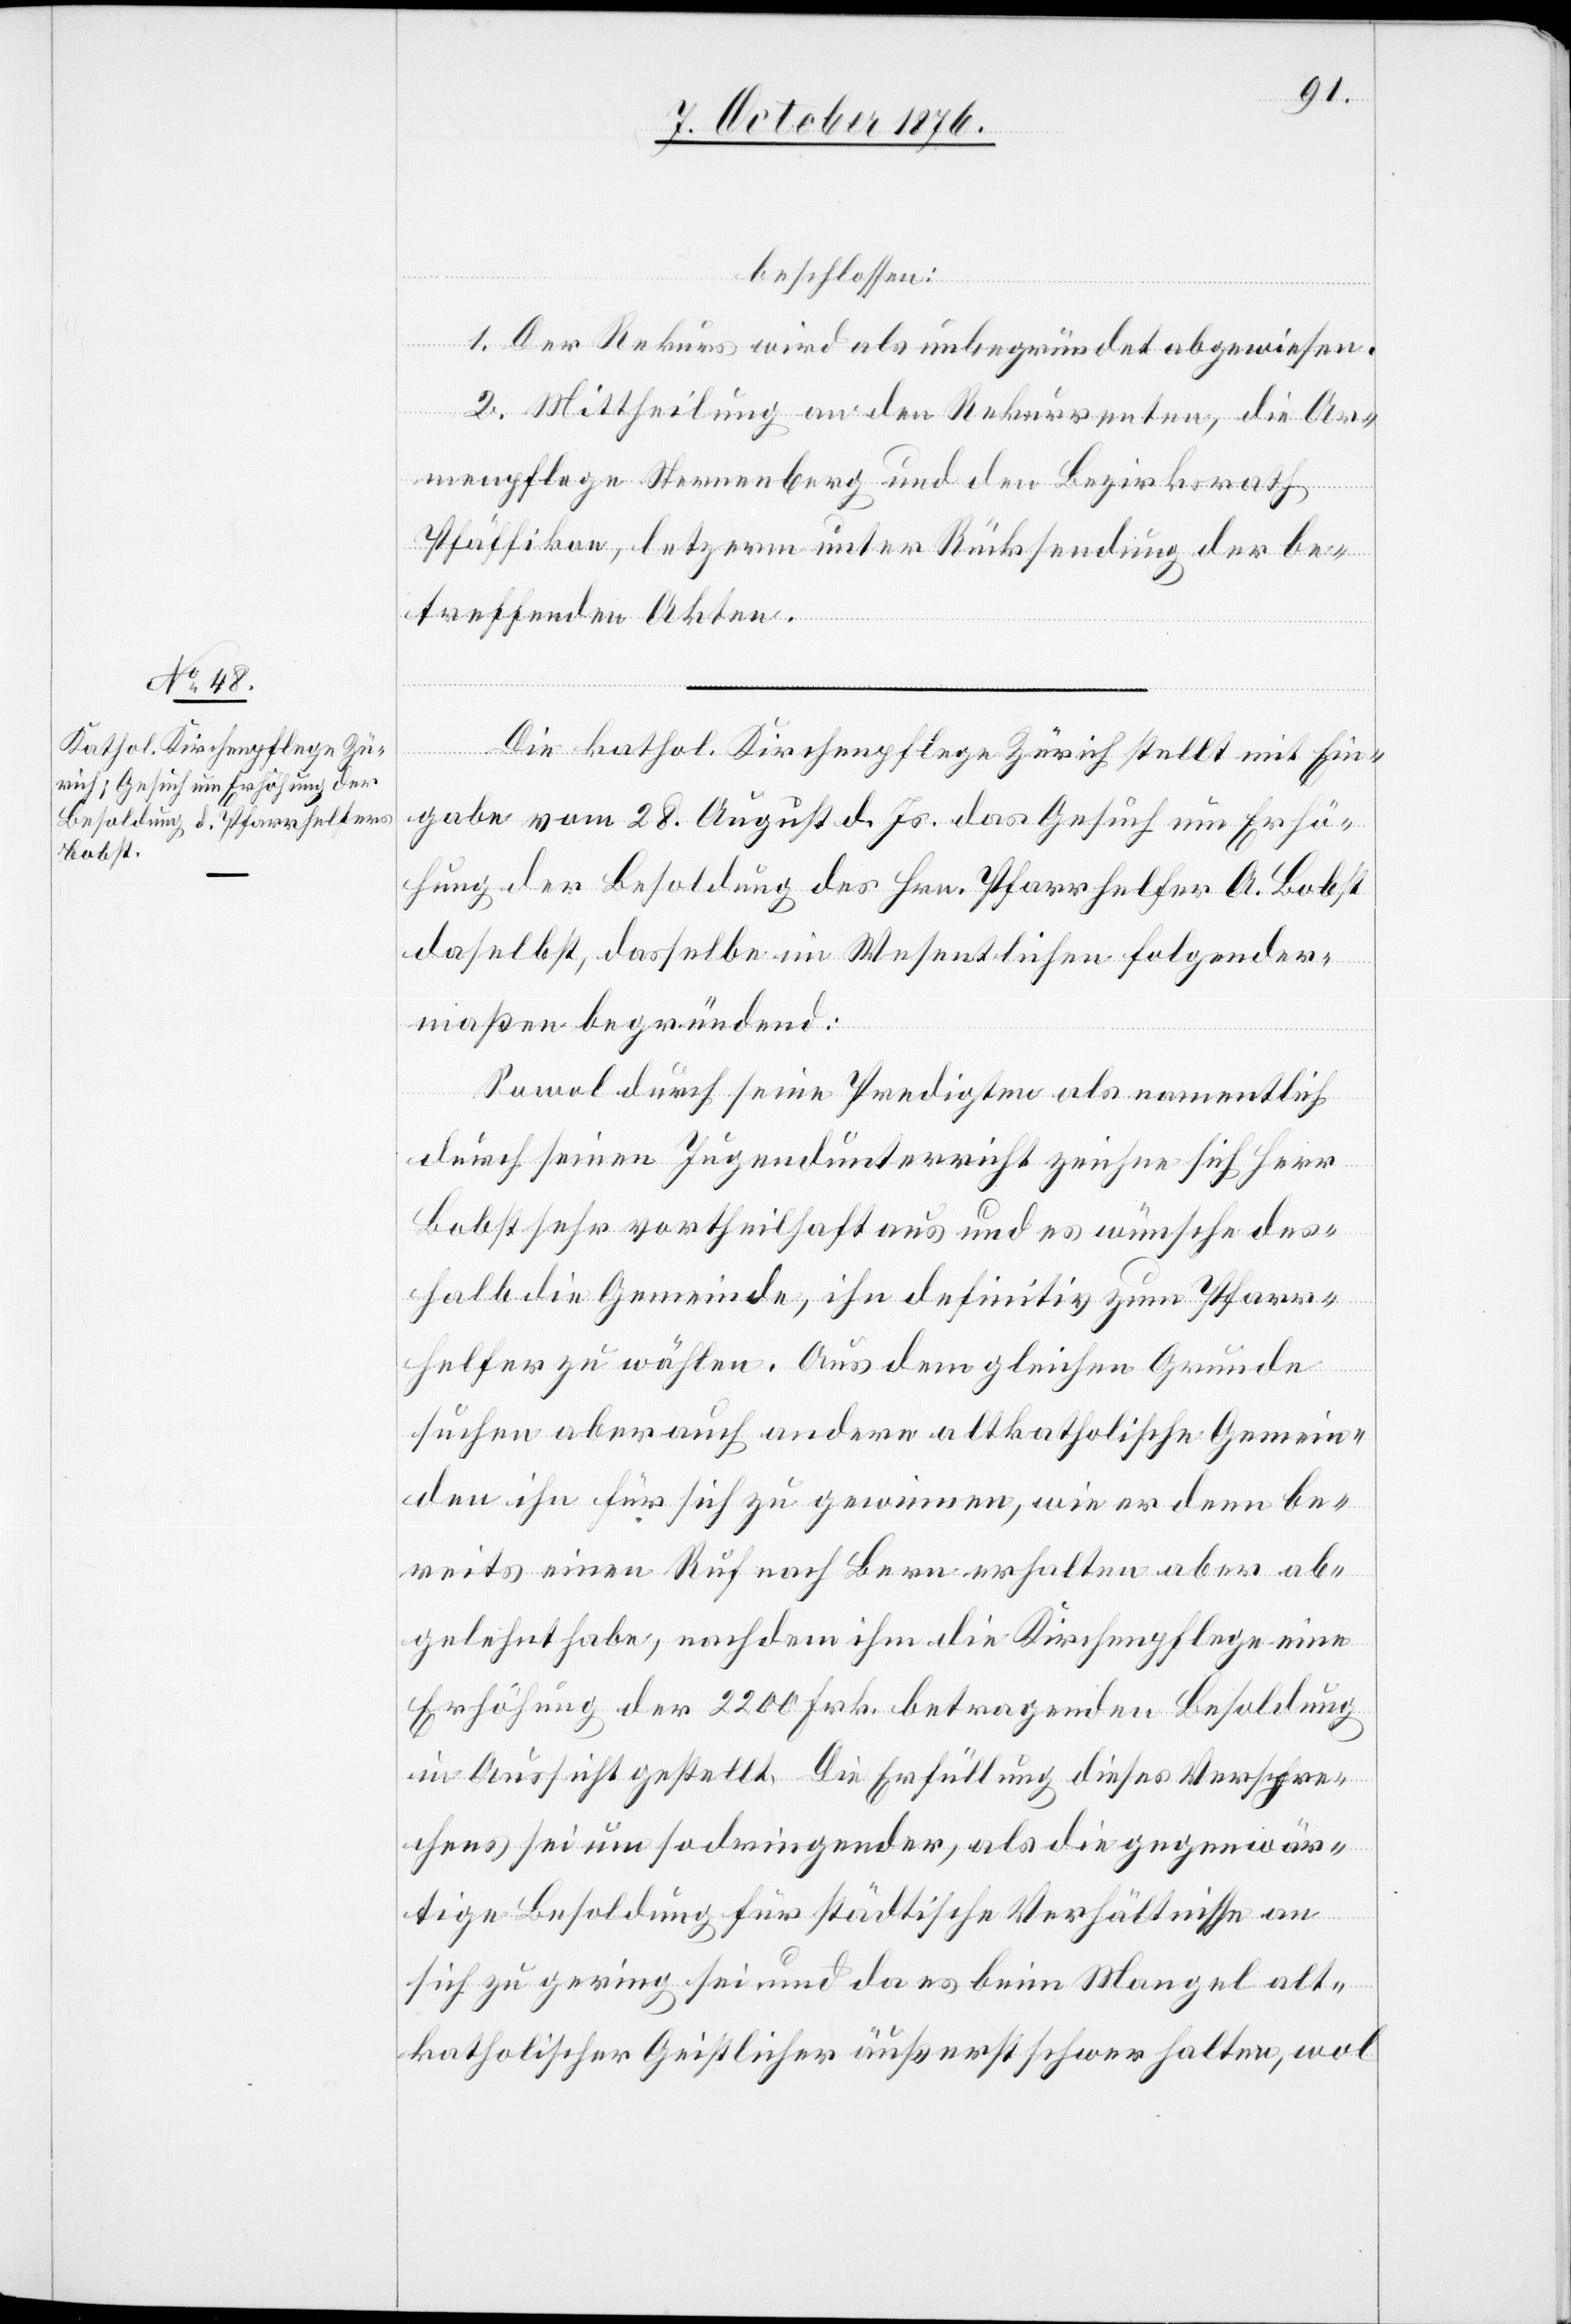
beschlossen:
1. Der Rekurs wird als unbegründet abgewiesen.
2. Mittheilung an den Rekurrenten, die Ar¬
menpflege Sternenberg und den Bezirksrath
Pfäffikon, letzerm [sic!] unter Rücksendung der be¬
treffenden Akten.